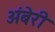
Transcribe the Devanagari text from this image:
अंबेरी